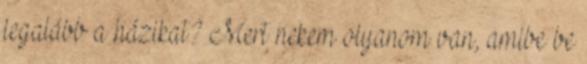
legalább a házikat? Mert nekem olyanom van, amibe be